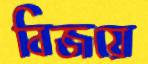
বিজয়ে